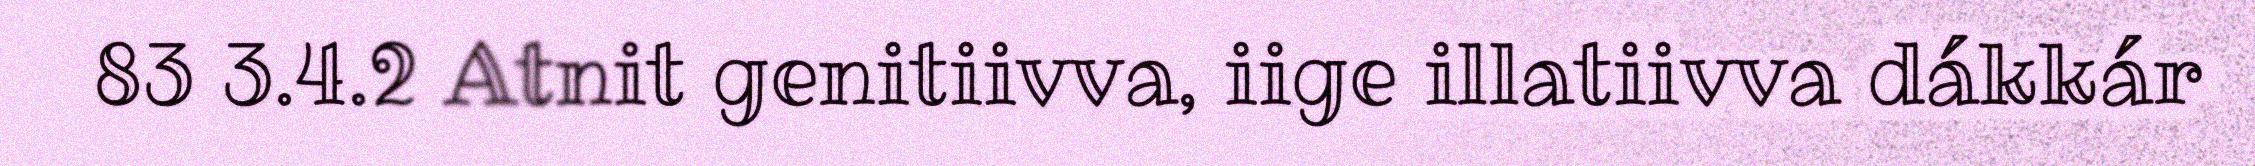
83 3.4.2 Atnit genitiivva, iige illatiivva dákkár